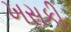
ખસકી